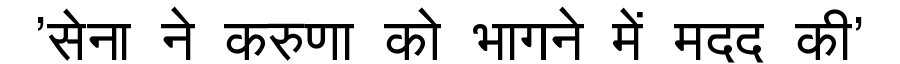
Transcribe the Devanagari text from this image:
'सेना ने करुणा को भागने में मदद की'